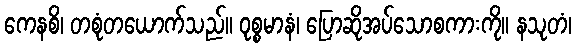
ကေနစိ၊ တစုံတယောက်သည်။ ဝုစ္စမာနံ၊ ပြောဆိုအပ်သောစကားကို။ နသုတံ၊